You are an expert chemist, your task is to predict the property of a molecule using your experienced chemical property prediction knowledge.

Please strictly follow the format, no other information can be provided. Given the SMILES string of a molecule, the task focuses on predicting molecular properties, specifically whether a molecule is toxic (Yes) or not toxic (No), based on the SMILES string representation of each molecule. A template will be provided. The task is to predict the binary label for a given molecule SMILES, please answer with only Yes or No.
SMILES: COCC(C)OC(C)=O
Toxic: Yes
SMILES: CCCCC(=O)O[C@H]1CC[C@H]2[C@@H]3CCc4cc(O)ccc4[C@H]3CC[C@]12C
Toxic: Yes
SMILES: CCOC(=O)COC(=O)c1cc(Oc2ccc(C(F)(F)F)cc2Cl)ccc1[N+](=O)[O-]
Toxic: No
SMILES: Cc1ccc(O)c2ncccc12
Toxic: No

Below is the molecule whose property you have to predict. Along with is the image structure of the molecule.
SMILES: [Mn+2]
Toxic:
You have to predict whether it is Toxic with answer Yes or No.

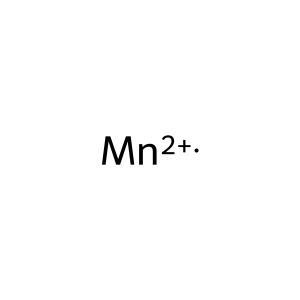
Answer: No